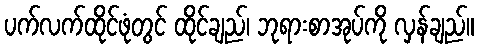
ပက်လက်ထိုင်ဖုံတွင် ထိုင်ချည်၊ ဘုရားစာအုပ်ကို လှန်ချည်။